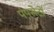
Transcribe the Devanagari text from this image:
पंपसेटों